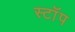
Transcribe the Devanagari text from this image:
स्टाॅप